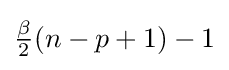
{\tfrac {\beta }{2}}(n-p+1)-1